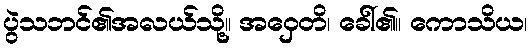
ပွဲသဘင်၏အလယ်သို့။ အဝှေတိ၊ ခေါ်၏။ ကောသိယ၊